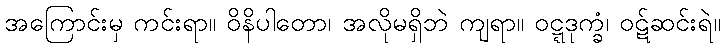
အကြောင်းမှ ကင်းရာ။ ဝိနိပါတော၊ အလိုမရှိဘဲ ကျရာ။ ဝဋ္ဋဒုက္ခံ၊ ဝဋ်ဆင်းရဲ။